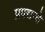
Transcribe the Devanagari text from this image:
प्रपद्यन्ते